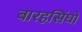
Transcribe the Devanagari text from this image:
बारहसिंघों